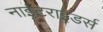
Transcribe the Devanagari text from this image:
नाईटराइडर्स